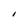
Character: I